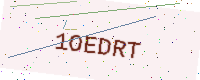
Text: 1OEDRT